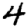
Digit: 4